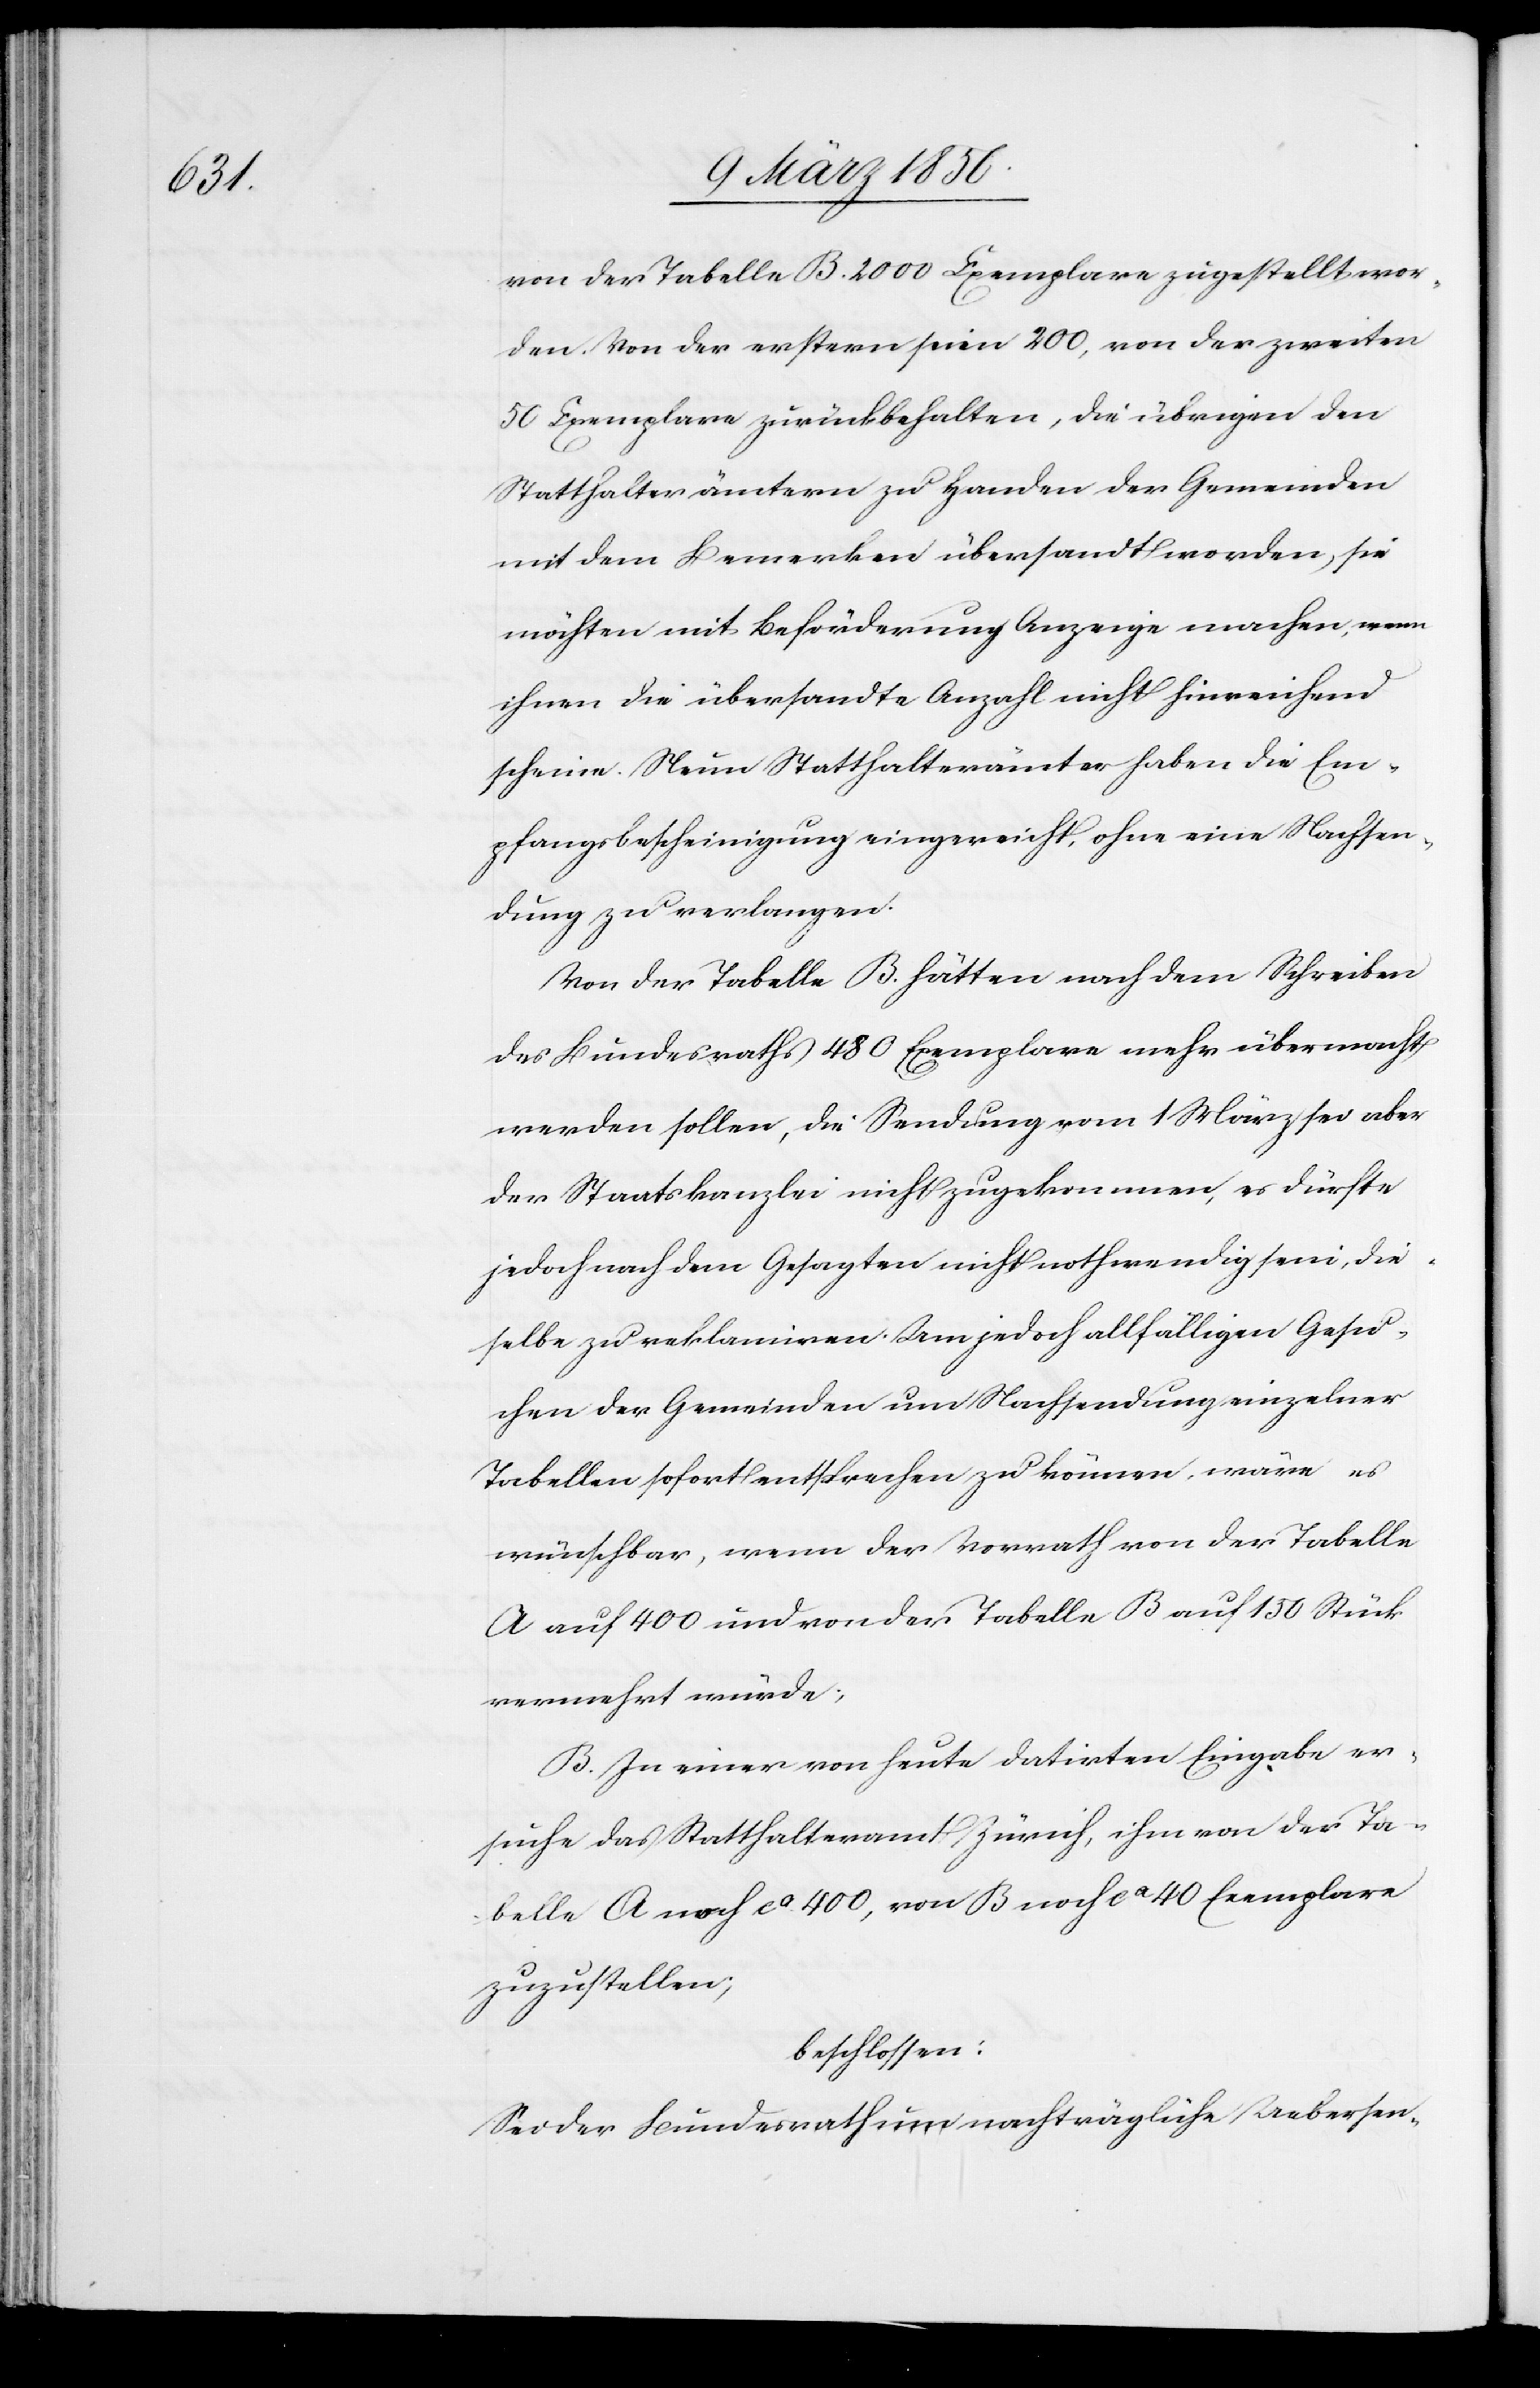
von der Tabelle B. 2000 Exemplare zugestellt wor¬
den. Von der erstern seien 200, von der zweiten
50 Exemplare zurückbehalten, die übrigen den
Statthalterämtern zu Handen der Gemeinden
mit dem Bemerken übersandt worden, sie
möchten mit Beförderung Anzeige machen, wenn
ihnen die übersandte Anzahl nicht hinreichend
scheine. Neun Statthalterämter haben die Em¬
pfangsbescheinigung eingereicht, ohne eine Nachsen¬
dung zu verlangen.
Von der Tabelle B. hätten nach dem Schreiben
des Bundesraths 480 Exemplare mehr übermacht
werden sollen, die Sendung vom 1 März sei aber
der Staatskanzlei nicht zugekommen, es dürfte
jedoch nach dem Gesagten nicht nothwendig sein, die¬
selbe zu reklamiren. Um jedoch allfälligen Gesu¬
chen der Gemeinden um Nachsendung einzelner
Tabellen sofort entsprechen zu können, wäre es
wünschbar, wenn der Vorrath von der Tabelle
A auf 400 und von der Tabelle B auf 150 Stück
vermehrt würde;
B. In einer von heute datirten Eingabe er¬
suche das Statthalteramt Zürich, ihm von der Ta¬
belle A noch ca 400, von B noch ca 40 Exemplare
zuzustellen;
beschlossen:
Sei der Bundesrath um nachträgliche Uebersen-